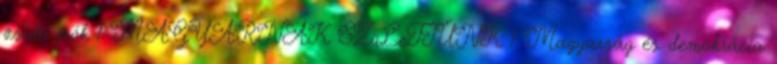
zsidó írók 1 MAGYARNAK SZüLeTTÜNK 1 Magyarság és demokrácia